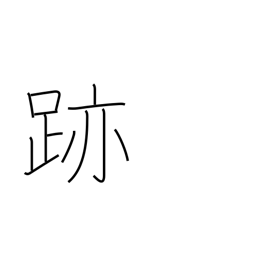
Meaning: mark